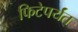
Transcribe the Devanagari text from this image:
फिटेपर्यंत